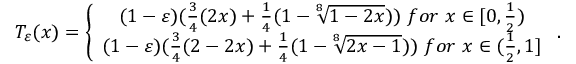
T _ { \varepsilon } ( x ) = \left\{ \begin{array} { c } { ( 1 - \varepsilon ) ( \frac { 3 } { 4 } ( 2 x ) + \frac { 1 } { 4 } ( 1 - \sqrt [ 8 ] { 1 - 2 x } ) ) ~ f o r ~ x \in \lbrack 0 , \frac { 1 } { 2 } ) } \\ { ( 1 - \varepsilon ) ( \frac { 3 } { 4 } ( 2 - 2 x ) + \frac { 1 } { 4 } ( 1 - \sqrt [ 8 ] { 2 x - 1 } ) ) ~ f o r ~ x \in ( \frac { 1 } { 2 } , 1 ] } \end{array} \right. .